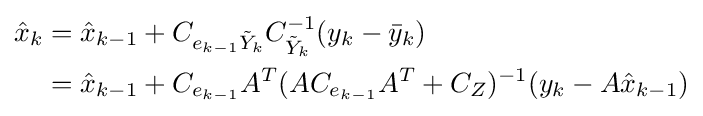
{\begin{aligned}{\hat {x}}_{k}&={\hat {x}}_{k-1}+C_{e_{k-1}{\tilde {Y}}_{k}}C_{{\tilde {Y}}_{k}}^{-1}(y_{k}-{\bar {y}}_{k})\\&={\hat {x}}_{k-1}+C_{e_{k-1}}A^{T}(AC_{e_{k-1}}A^{T}+C_{Z})^{-1}(y_{k}-A{\hat {x}}_{k-1})\end{aligned}}